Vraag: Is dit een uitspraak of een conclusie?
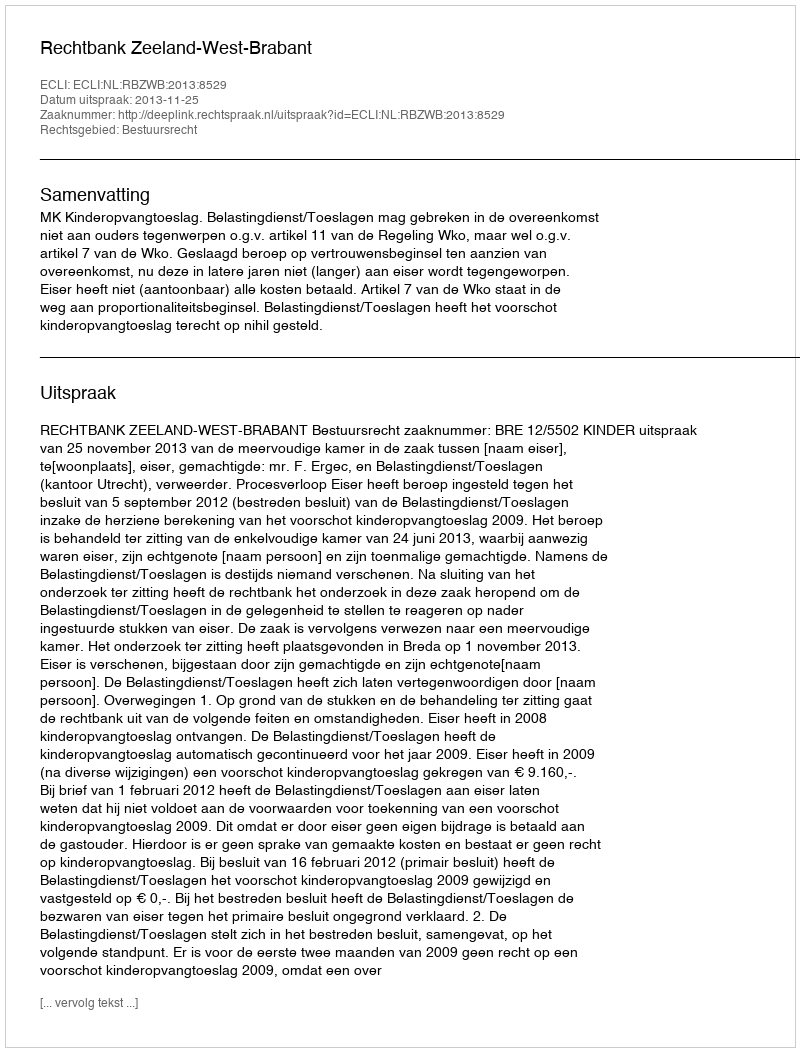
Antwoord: Uitspraak